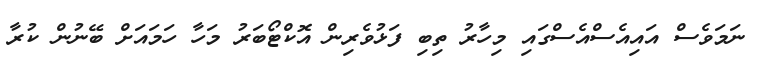
ނަަމަވެސް އައިއެސްއެސްގައި މިހާރު ތިބި ފަޅުވެރިން އޮކްޓޯބަރު މަހާ ހަމައަށް ބޭނުން ކުރާ